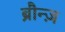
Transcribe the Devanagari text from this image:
ब्रौन्ज़